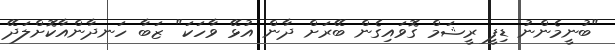
"ބުނީމެންނު ޑިފީ ރީޝަމް ގޮވައިގެން ބޭރަށް ދާން އުޅޭ ވާހަކަ" ޒަބާ ހަނދާންއާކޮށްލަދޭ